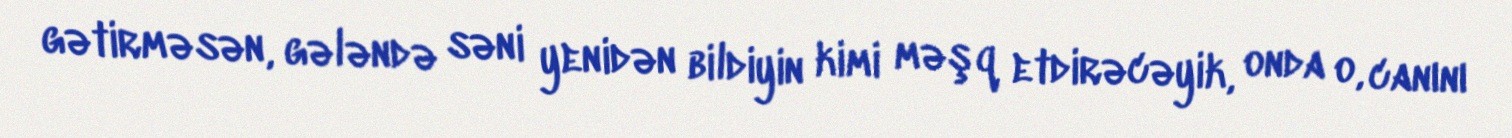
gətirməsən, gələndə səni yenidən bildiyin kimi məşq etdirəcəyik, onda o, canını